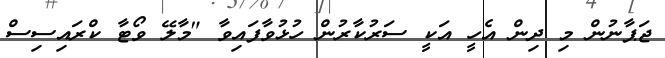
ޖަޕާނުން މި ދިން އެހީ އަކީ ސަރުކާރުން ހުޅުވާފައިވާ "މާލޭ ވޯޓާ ކްރައިސިސް